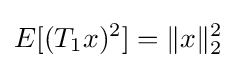
E[(T_{1}x)^{2}]=\|x\|_{2}^{2}